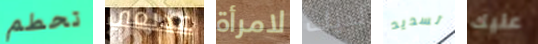
تحطم عديمي لامرأة لديك تسديد عليك